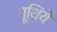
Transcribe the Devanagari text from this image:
गूथिंये